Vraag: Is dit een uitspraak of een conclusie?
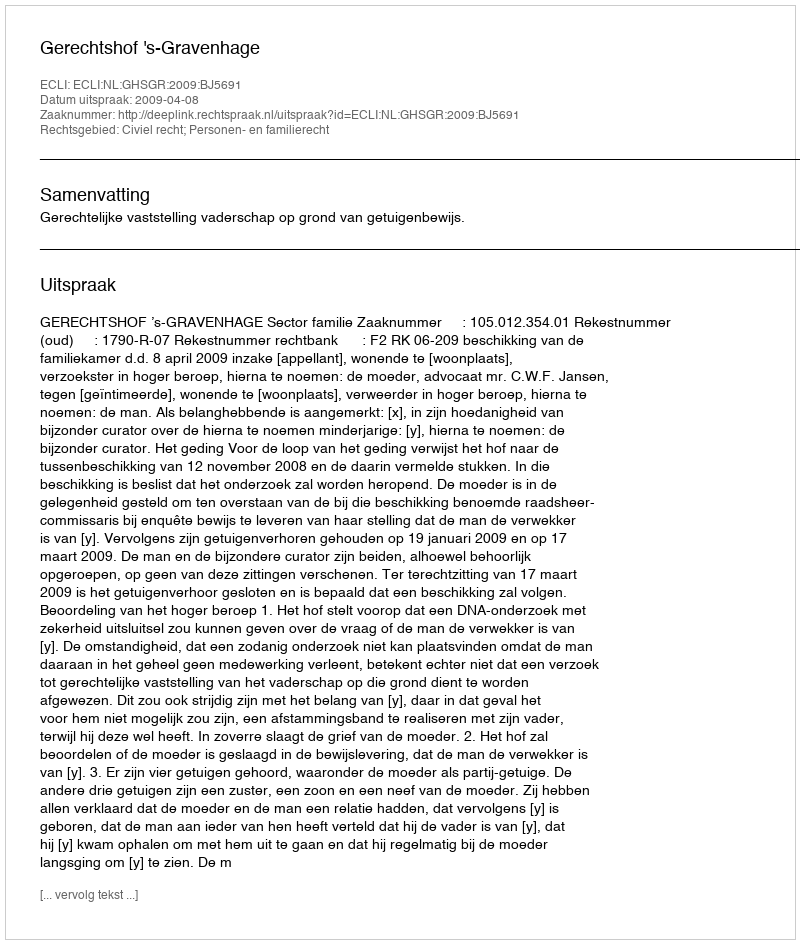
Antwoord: Uitspraak